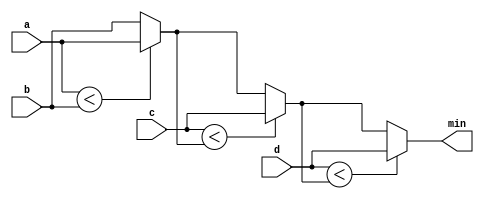
module top_module (
    input [7:0] a, b, c, d,
    output [7:0] min);//

    wire [7:0] min1 = (a<b) ? a : b;
    wire [7:0] min2 = (c<min1) ? c : min1;
    assign min = (d<min2) ? d : min2;

endmodule